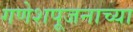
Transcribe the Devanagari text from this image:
गणेशपूजनाच्या